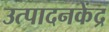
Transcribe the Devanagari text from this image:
उत्पादनकेंद्र